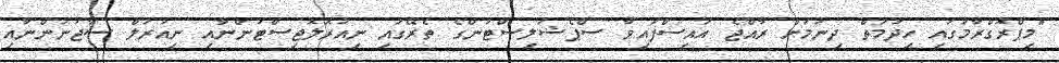
"މިޕްރޮގްރާމުގައި ހިދުމަތް ދިނުމަށް ރާއްޖެ އައިސްފައިވާ ސްޕެޝަލިސްޓުންގެ ތެރޭގައި ނިއުރޮލޮޖިސްޓުންނާއި ނިއުރަލް ސާޖަނުންނާއި